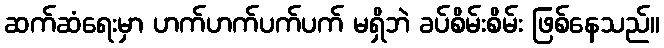
ဆက်ဆံရေးမှာ ဟက်ဟက်ပက်ပက် မရှိဘဲ ခပ်စိမ်းစိမ်း ဖြစ်နေသည်။